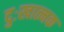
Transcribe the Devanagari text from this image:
दुःखात्मक